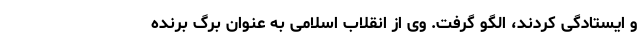
و ایستادگی کردند، الگو گرفت. وی از انقلاب اسلامی به عنوان برگ برنده